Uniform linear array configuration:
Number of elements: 12
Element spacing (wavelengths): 1
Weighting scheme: binomial
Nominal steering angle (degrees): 30
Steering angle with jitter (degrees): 29.745
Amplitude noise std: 0.05
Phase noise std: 0.05

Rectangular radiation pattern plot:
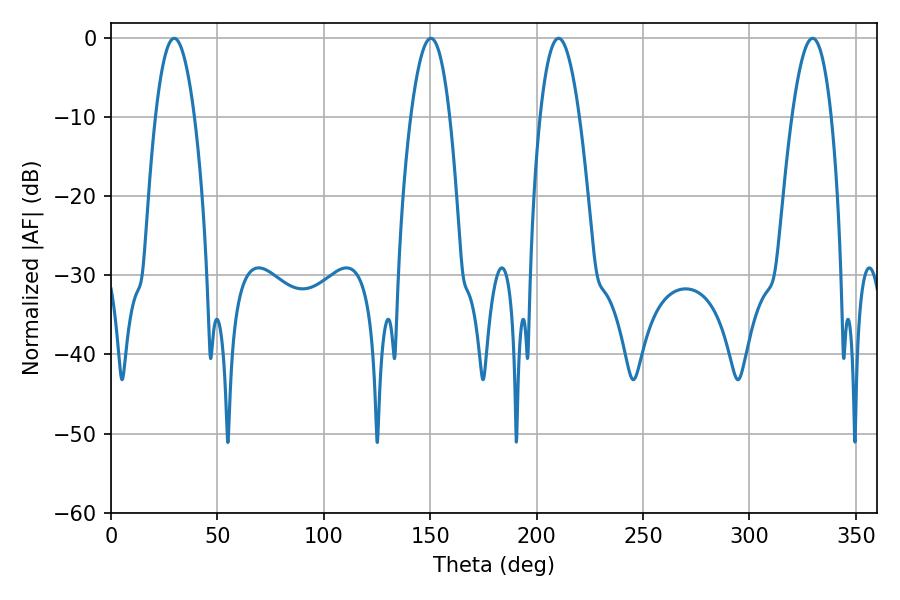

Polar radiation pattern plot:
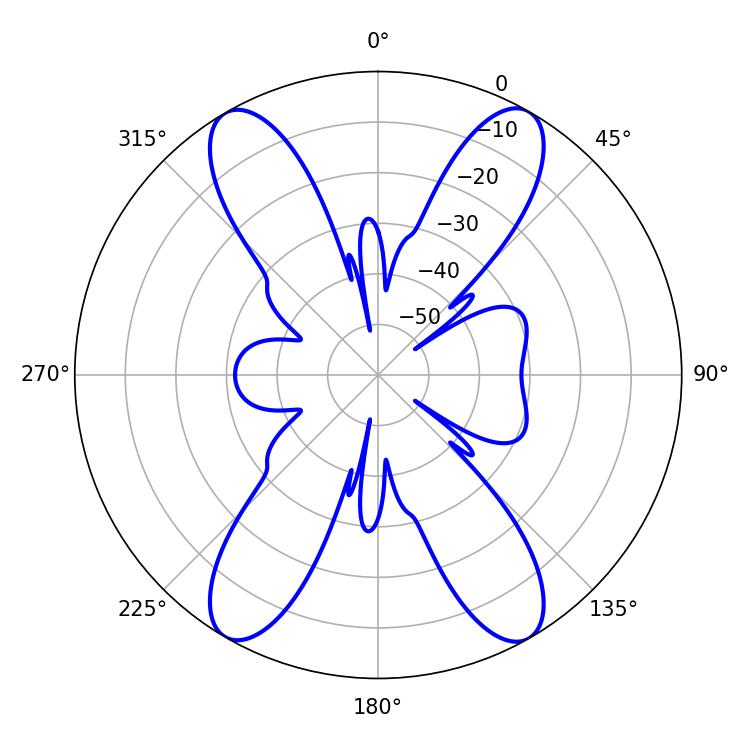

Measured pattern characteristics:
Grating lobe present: TRUE
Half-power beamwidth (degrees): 10.08
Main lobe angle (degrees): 29.7